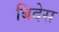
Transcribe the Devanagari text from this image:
बिदेस